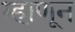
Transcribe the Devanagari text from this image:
म्हाणून